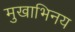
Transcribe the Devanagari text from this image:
मुखाभिनय